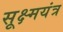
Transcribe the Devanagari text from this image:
सूक्ष्मयंत्र